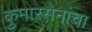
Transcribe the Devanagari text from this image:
कुमारसेनांचा